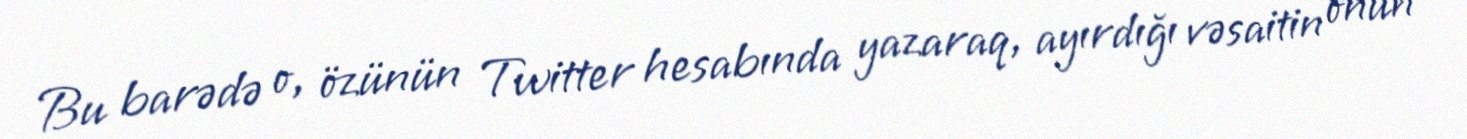
Bu barədə o, özünün Twitter hesabında yazaraq, ayırdığı vəsaitin onun